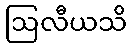
ဩလီယသိ